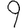
Digit: 9